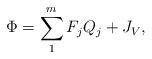
LaTeX: \begin{align*}\Phi=\sum_1^m F_jQ_j + J_V ,\end{align*}